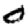
Digit: 0